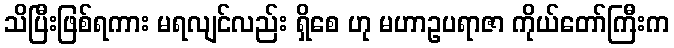
သိပြီးဖြစ်ရကား မရလျင်လည်း ရှိစေ ဟု မဟာဥပရာဇာ ကိုယ်တော်ကြီးက